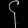
Digit: ၄